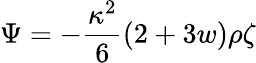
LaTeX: \Psi=-\frac{\kappa^{2}}{6}(2+3w)\rho\zeta